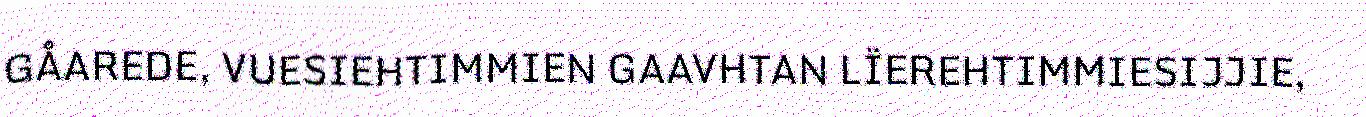
GÅAREDE, VUESIEHTIMMIEN GAAVHTAN LÏEREHTIMMIESIJJIE,